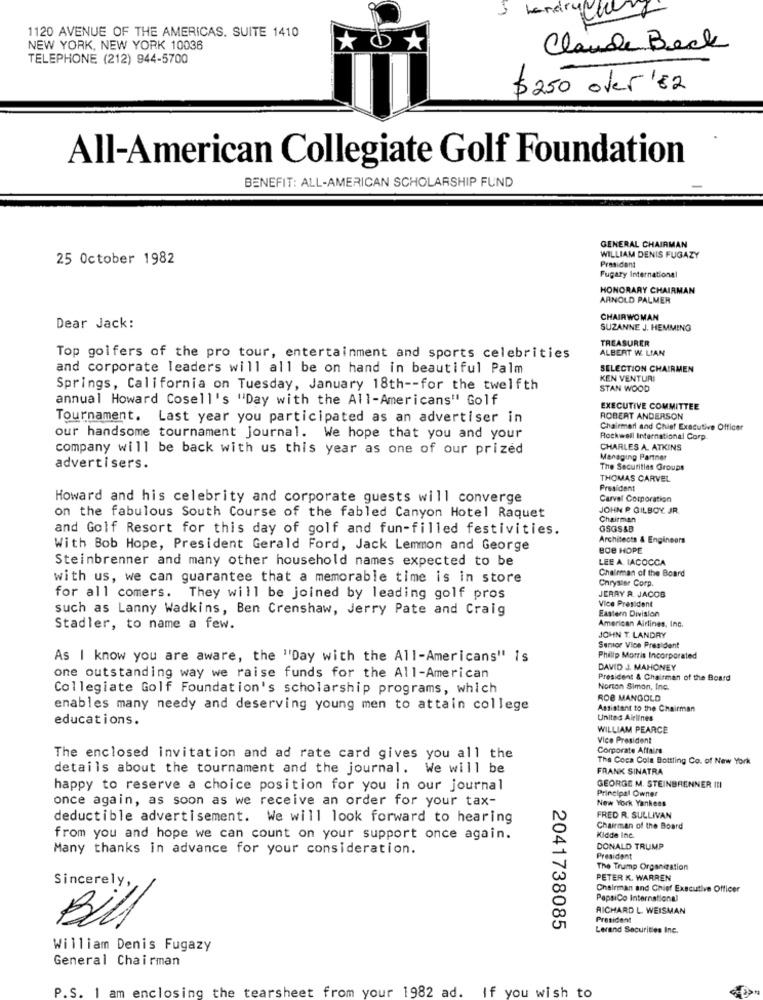
1120 AVENUE OF THE AMERICAS. SUITE 1410
NEW YORK, NEW YORK 10036
*O*
Claude Beck
TELEPHONE (212) 944-5700
$250 over '82
All-American Collegiate Golf Foundation
BENEFIT: ALL-AMERICAN SCHOLARSHIP FUND
GENERAL CHAIRMAN
25 October 1982
WILLIAM DENIS FUGAZY
President
Fugary International
HONORARY CHAIRMAN
ARNOLD PALMER
CHAIRWOMAN
Dear Jack:
SUZANNE J. HEMMING
TREASURER
ALBERT W. LIAN
Top golfers of the pro tour, entertainment and sports celebrities
and corporate leaders will all be on hand in beautiful Palm
SELECTION CHAIRMEN
KEN VENTURI
Springs, California on Tuesday, January 18th -- for the twelfth
STAN WOOD
annual Howard Cosell's "Day with the All-Americans" Golf
EXECUTIVE COMMITTEE
Tournament. Last year you participated as an advertiser in
ROBERT ANDERSON
Chairmer and Chief Executive Officer
our handsome tournament journal. We hope that you and your
Rockwell International Corp.
company will be back with us this year as one of our prized
CHARLES A. ATKINS
Managing Partner
advertisers.
The Securities Groups
THOMAS CARVEL
President
Howard and his celebrity and corporate guests will converge
Carvel Corporation
JOHN R. GILBOY. JR.
on the fabulous South Course of the fabled Canyon Hotel Raquet
Chairman
and Golf Resort for this day of golf and fun-filled festivities.
GSGS&B
Architects & Engineers
With Bob Hope, President Gerald Ford, Jack Lemmon and George
BOB HOPE
Steinbrenner and many other household names expected to be
LEE A. IACOCCA
with us, we can guarantee that a memorable time is in store
Chairman of the Board
Chrysler Corp.
for all comers. They will be joined by leading golf pros
JERRY A. JACOB
Vice President
such as Lanny Wadkins, Ben Crenshaw, Jerry Pate and Craig
Eastern Division
American Airlines, Inc.
Stadler, to name a few.
JOHN T. LANDRY
Senior Vice President
As I know you are aware, the "'Day with the All-Americans" is
Phillip Morris Incorporated
DAVID J. MAHONEY
one outstanding way we raise funds for the All-American
President & Chairman of the Board
Collegiate Golf Foundation's scholarship programs, which
Norton Simon, Inc.
ROB MANGOLD
enables many needy and deserving young men to attain college
Assistant to the Chairman
educations.
United Airlines
WILLIAM PEARCE
Vice President
Corporate Affairs
The enclosed invitation and ad rate card gives you all the
The Coca Cola Bottling Co. of New York
details about the tournament and the journal. We will be
FRANK SINATRA
happy to reserve a choice position for you in our journal
GEORGE M. STEINBRENNER INI
Principal Owner
once again, as soon as we receive an order for your tax-
New York Yankees
deductible advertisement. We will look forward to hearing
FRED R. SULLIVAN
Chairman of the Board
from you and hope we can count on your support once again.
Kidde Inc.
Many thanks in advance for your consideration.
DONALD TRUMP
President
The Trump Organization
PETER K. WARREN
Sincerely,
Chairman and Chief Executive Officer
PepsiCo International
RICHARD L. WEISMAN
Bill
President
2041738085
Lerand Securities Inc.
William Denis Fugazy
General Chairman
P.S.
am enclosing the tearsheet from your 1982 ad. If you wish to